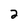
Character: 2